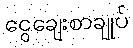
ငွေချေးစာချုပ်